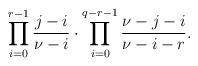
LaTeX: \begin{align*}\prod_{i=0}^{r-1}\frac{j-i}{\nu-i} \cdot\prod_{i=0}^{q-r-1}\frac{\nu-j-i}{\nu-i-r}.\end{align*}